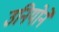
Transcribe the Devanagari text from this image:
उनियोने